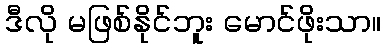
ဒီလို မဖြစ်နိုင်ဘူး မောင်ဖိုးသာ။